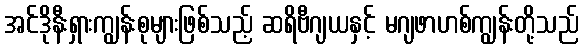
အင်ဒိုနီးရှားကျွန်းစုများဖြစ်သည့် ဆရိဗီဂျယနှင့် မဂျဖာဟစ်ကျွန်းတို့သည်